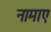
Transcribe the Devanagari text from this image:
नामाए